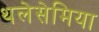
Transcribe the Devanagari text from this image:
थलेसेमिया